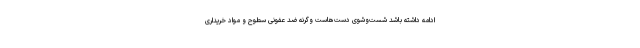
ادامه داشته باشد شست‌وشوی دست‌هاست وگرنه ضد عفونی سطوح و مواد خریداری